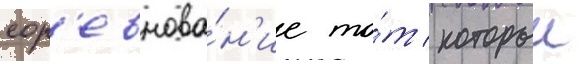
сор'евнова́н'ие то́т / которыи